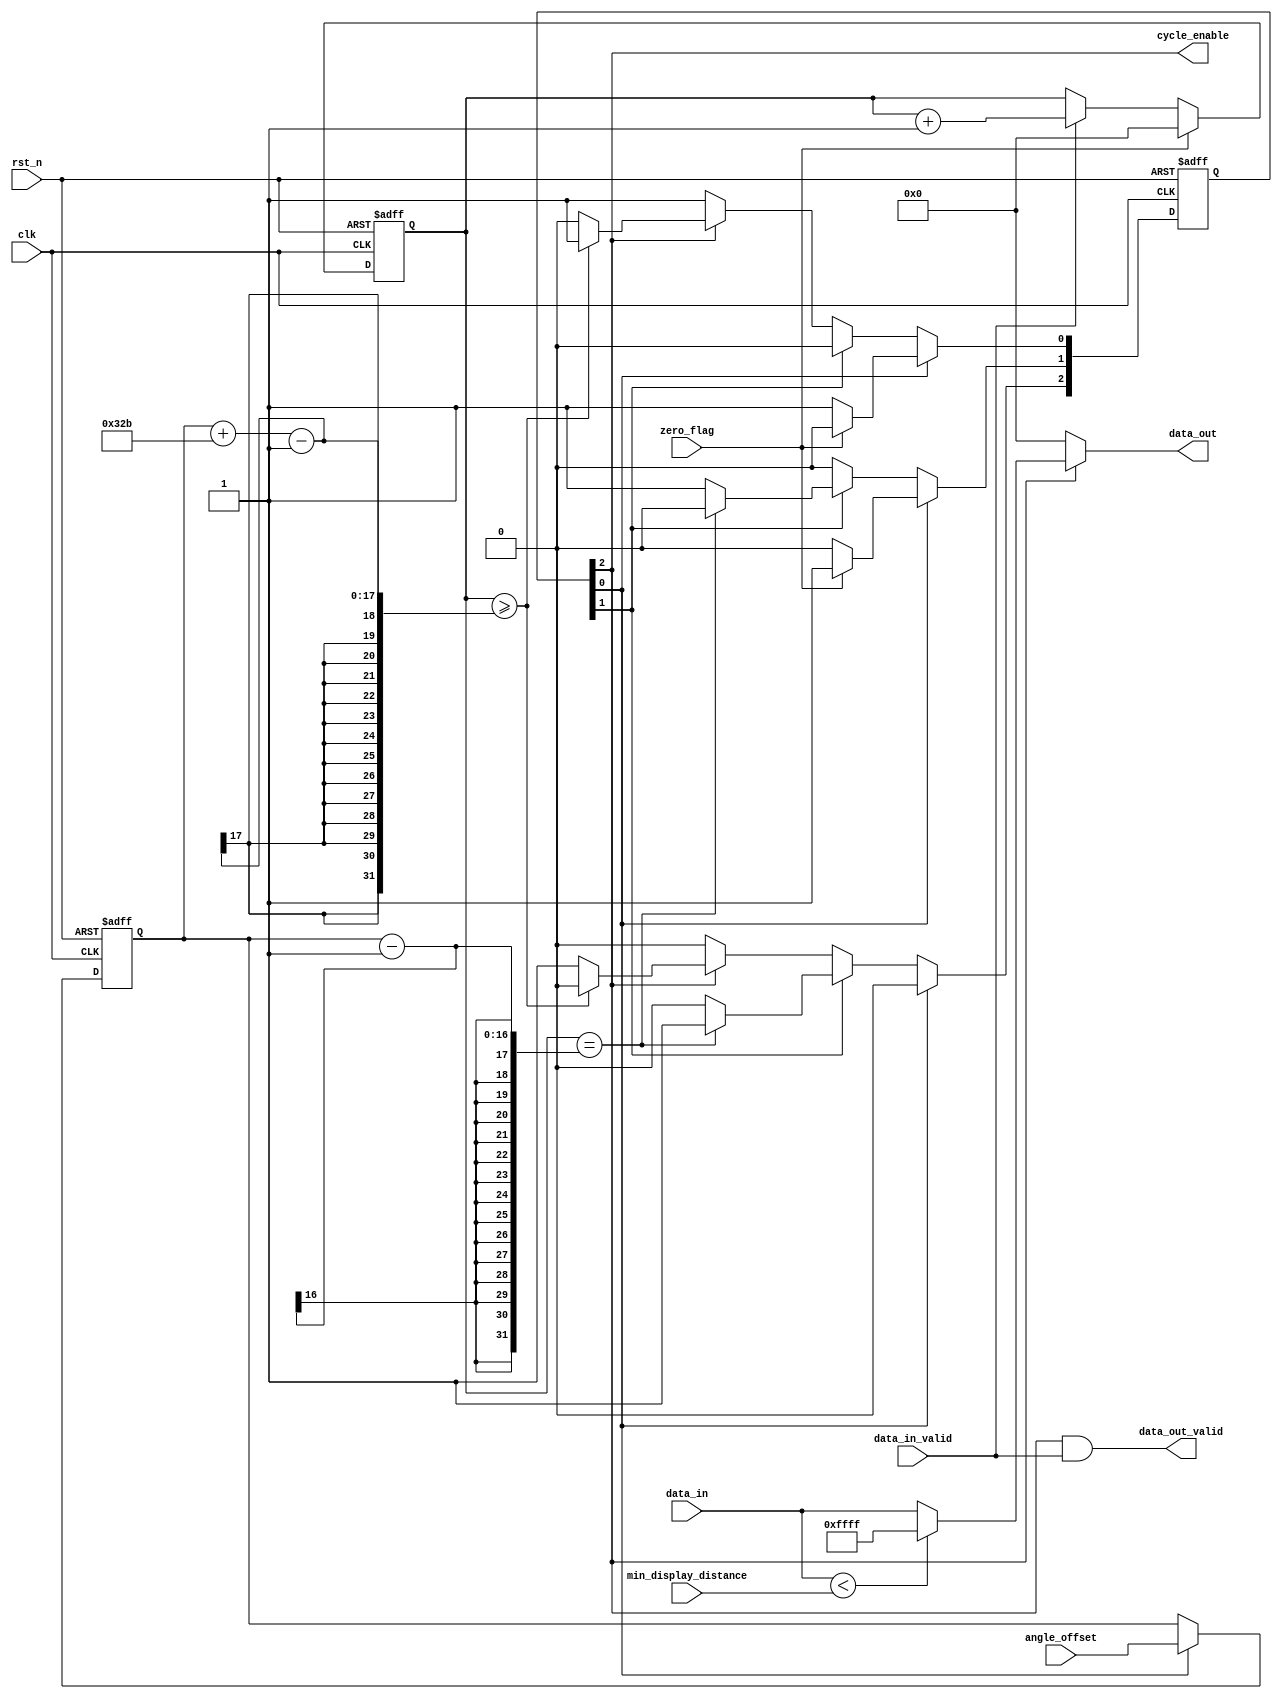
/*=============================================================================
# FileName    :	data_select.v
# Author      :	author
# Email       :	email@email.com
# Description :	1081811
# Version     :	1.0
# LastChange  :	2018-12-25 14:55:51
# ChangeLog   :	
=============================================================================*/
`timescale  1 ns/1 ps

module data_select
(
    input   wire                clk,
    input   wire                rst_n,

    input   wire                zero_flag,
    input   wire [15:00]        angle_offset,  // unit: 0.333
    input        [07:00]        min_display_distance,
    input   wire                data_in_valid,
    input   wire [15:00]        data_in,

    output  wire                cycle_enable,
    output  wire                data_out_valid,
    output  reg  [15:00]        data_out
);

reg     [15:00]             angle_offset_lock;
reg     [15:00]             offset_cnt;

localparam              IDLE    = 0;
localparam              SKIP    = 1;
localparam              ENABLE  = 2;
localparam              OVER    = 3;
(* KEEP = "TRUE" *)reg     [OVER:00]       cs = 'd1, ns = 'd1;
reg     [15:00]         state_cnt;

// synthesis translate_off
reg [127:0] cs_STRING;
always @(*)
begin
    case(1'b1)
        cs[IDLE]: cs_STRING = "IDLE";
        cs[SKIP]: cs_STRING = "SKIP";
        cs[ENABLE]: cs_STRING = "ENABLE";
        cs[OVER]: cs_STRING = "OVER";
        default: cs_STRING = "XXXX";
    endcase
end
// synthesis translate_on

always @(posedge clk or negedge rst_n)
begin
    if(~rst_n)
        cs <= 'd1;
    else
        cs <= ns;
end

always @(*)
begin
    ns = 'd0;
    case(1'b1)
        cs[IDLE]:
        begin
            if(zero_flag)
                ns[SKIP] = 1'b1;
            else
                ns[IDLE] = 1'b1;
        end
        cs[SKIP]:
        begin
            if(offset_cnt == angle_offset_lock - 1)
                ns[ENABLE] = 1'b1;
            else
                ns[SKIP] = 1'b1;
        end
        cs[ENABLE]:
        begin
            if(offset_cnt >= angle_offset_lock + 811 -1)
                ns[IDLE] = 1'b1;
            else
                ns[ENABLE] = 1'b1;
        end
        default:
            ns[IDLE] = 1'b1;
    endcase
end

always @ (posedge clk or negedge rst_n)
begin
    if(~rst_n)
        state_cnt <= 0;
    else if (cs != ns)
        state_cnt <= 0;
    else
        state_cnt <= state_cnt + 1'b1;
end

always @ (posedge clk or negedge rst_n)
begin
    if(~rst_n)
        offset_cnt <= 0;
    else if(zero_flag)
        offset_cnt <= 0;
    else if(data_in_valid)
        offset_cnt <= offset_cnt + 1'b1;
end

always @ (posedge clk or negedge rst_n)
begin
    if(~rst_n)
        angle_offset_lock <= 0;
    else if(cs[IDLE])
        angle_offset_lock <= angle_offset;
end


assign                  cycle_enable = cs[ENABLE];
assign                  data_out_valid = cs[ENABLE] & data_in_valid;
//assign                  data_out = cs[ENABLE] ? data_in : 0;
always @ (*)
begin
    if(cs[ENABLE])
    begin
        if(data_in < min_display_distance)
            data_out = 16'hFFFF;
        else
            data_out = data_in;
    end
    else
        data_out = 0;
end
endmodule